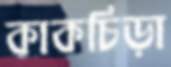
কাকচিড়া